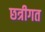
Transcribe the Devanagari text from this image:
छत्रीगत